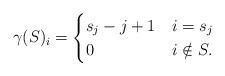
LaTeX: \begin{align*}\gamma(S)_i = \begin{cases}s_j - j + 1 & i = s_j \\0 & i \notin S.\end{cases}\end{align*}